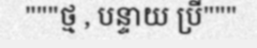
"""ថ្ម , បន្ទាយ ប្រី"""